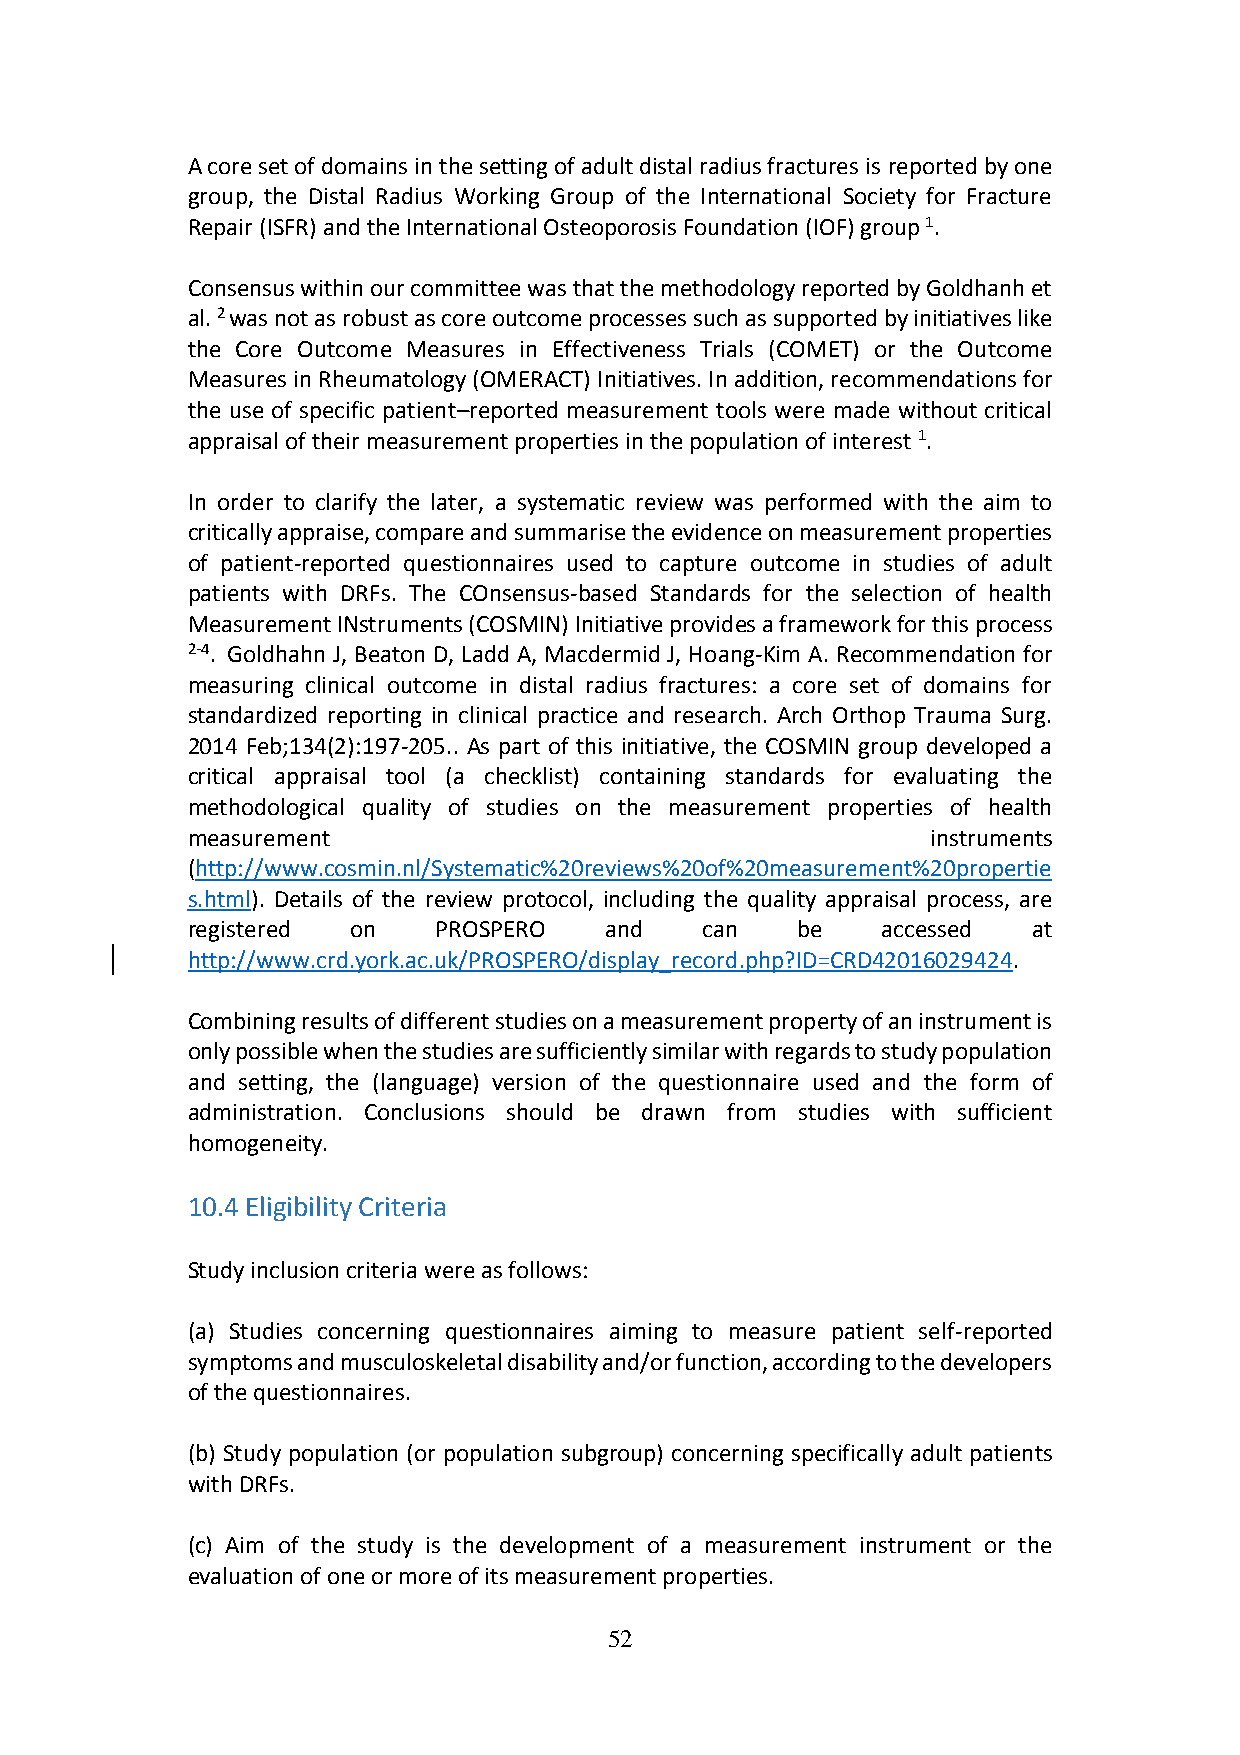
A core set of domains in the setting of adult distal radius fractures is reported by one
 group, the Distal Radius Working Group of the International Society for Fracture
 Repair (ISFR) and the International Osteoporosis Foundation (IOF) group 1.
 Consensus within our committee was that the methodology reported by Goldhanh et
 al. 2 was not as robust as core outcome processes such as supported by initiatives like
 the Core Outcome Measures in Effectiveness Trials (COMET) or the Outcome
 Measures in Rheumatology (OMERACT) Initiatives. In addition, recommendations for
 the use of specific patient–reported measurement tools were made without critical
 appraisal of their measurement properties in the population of interest 1.
 In order to clarify the later, a systematic review was performed with the aim to
 critically appraise, compare and summarise the evidence on measurement properties
 of patient-reported questionnaires used to capture outcome in studies of adult
 patients with DRFs. The COnsensus-based Standards for the selection of health
 Measurement INstruments (COSMIN) Initiative provides a framework for this process
 2-4. Goldhahn J, Beaton D, Ladd A, Macdermid J, Hoang-Kim A. Recommendation for
 measuring clinical outcome in distal radius fractures: a core set of domains for
 standardized reporting in clinical practice and research. Arch Orthop Trauma Surg.
 2014 Feb;134(2):197-205.. As part of this initiative, the COSMIN group developed a
 critical appraisal tool (a checklist) containing standards for evaluating the
 methodological quality of studies on the measurement properties of health
 measurement                                       instruments
 (http://www.cosmin.nl/Systematic%20reviews%20of%20measurement%20propertie
 s.html). Details of the review protocol, including the quality appraisal process, are
 registered on    PROSPERO   and   can    be   accessed  at
 http://www.crd.york.ac.uk/PROSPERO/display_record.php?ID=CRD42016029424.
 Combining results of different studies on a measurement property of an instrument is
 only possible when the studies are sufficiently similar with regards to study population
 and setting, the (language) version of the questionnaire used and the form of
 administration. Conclusions should be drawn from studies with sufficient
 homogeneity.
 10.4 Eligibility Criteria
 Study inclusion criteria were as follows:
 (a) Studies concerning questionnaires aiming to measure patient self-reported
 symptoms and musculoskeletal disability and/or function, according to the developers
 of the questionnaires.
 (b) Study population (or population subgroup) concerning specifically adult patients
 with DRFs.
 (c) Aim of the study is the development of a measurement instrument or the
 evaluation of one or more of its measurement properties.
 52